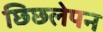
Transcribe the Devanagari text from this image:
छिछलेपन